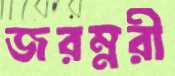
জরম্নরী